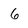
Character: 6